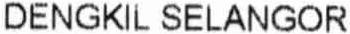
DENGKIL SELANGOR